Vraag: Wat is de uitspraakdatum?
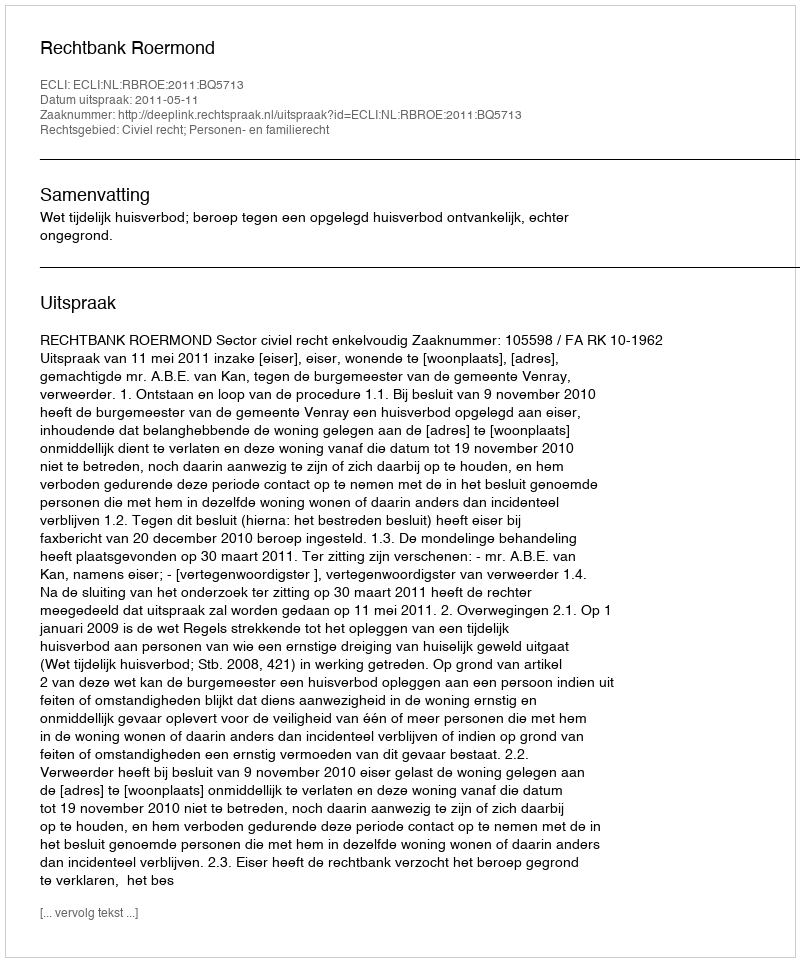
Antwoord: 2011-05-11